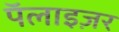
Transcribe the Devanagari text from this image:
पॅलाइज़र